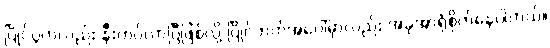
ပြိုင်ပွဲကလည်း နီးကပ်လာပြီဖြစ်လို့ ပြိုင်ဘက်အပေါ်မှာလည်း အခုအာရုံစိုက်နေပါတယ်။